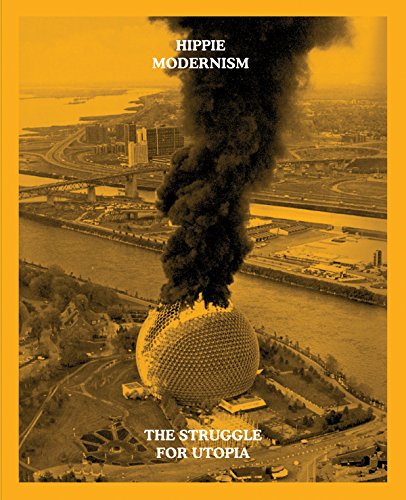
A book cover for Hippie Modernism: The Struggle for Utopia; Greg Castillo; Arts & Photography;